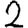
Digit: 2